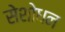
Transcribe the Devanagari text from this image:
सेशोधन